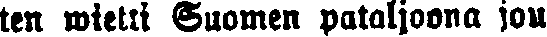
ten wietti Suomen pataljoona jou